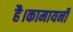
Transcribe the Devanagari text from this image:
है।कामायनी